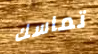
تماسك